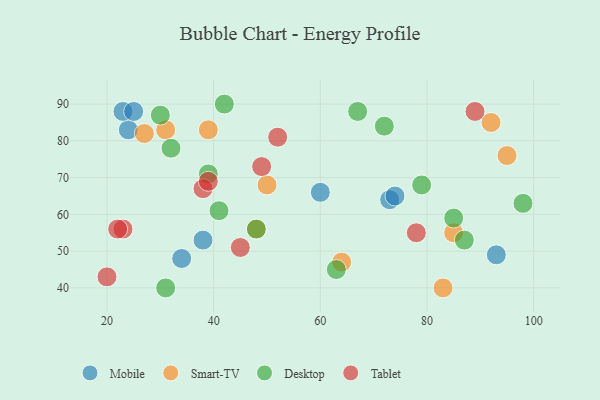
{"axis": {"x": "GDP", "y": "Life Expectancy"}, "legend": ["Desktop", "Mobile", "Smart-TV", "Tablet"], "data": [{"x": "73", "y": 64, "type": "Mobile"}, {"x": "34", "y": 48, "type": "Mobile"}, {"x": "60", "y": 66, "type": "Mobile"}, {"x": "38", "y": 53, "type": "Mobile"}, {"x": "74", "y": 65, "type": "Mobile"}, {"x": "93", "y": 49, "type": "Mobile"}, {"x": "24", "y": 83, "type": "Mobile"}, {"x": "23", "y": 88, "type": "Mobile"}, {"x": "25", "y": 88, "type": "Mobile"}, {"x": "31", "y": 83, "type": "Smart-TV"}, {"x": "85", "y": 55, "type": "Smart-TV"}, {"x": "39", "y": 83, "type": "Smart-TV"}, {"x": "83", "y": 40, "type": "Smart-TV"}, {"x": "50", "y": 68, "type": "Smart-TV"}, {"x": "64", "y": 47, "type": "Smart-TV"}, {"x": "95", "y": 76, "type": "Smart-TV"}, {"x": "27", "y": 82, "type": "Smart-TV"}, {"x": "48", "y": 56, "type": "Smart-TV"}, {"x": "92", "y": 85, "type": "Smart-TV"}, {"x": "39", "y": 71, "type": "Desktop"}, {"x": "63", "y": 45, "type": "Desktop"}, {"x": "85", "y": 59, "type": "Desktop"}, {"x": "31", "y": 40, "type": "Desktop"}, {"x": "41", "y": 61, "type": "Desktop"}, {"x": "79", "y": 68, "type": "Desktop"}, {"x": "48", "y": 56, "type": "Desktop"}, {"x": "30", "y": 87, "type": "Desktop"}, {"x": "87", "y": 53, "type": "Desktop"}, {"x": "42", "y": 90, "type": "Desktop"}, {"x": "98", "y": 63, "type": "Desktop"}, {"x": "32", "y": 78, "type": "Desktop"}, {"x": "67", "y": 88, "type": "Desktop"}, {"x": "72", "y": 84, "type": "Desktop"}, {"x": "23", "y": 56, "type": "Tablet"}, {"x": "45", "y": 51, "type": "Tablet"}, {"x": "52", "y": 81, "type": "Tablet"}, {"x": "38", "y": 67, "type": "Tablet"}, {"x": "49", "y": 73, "type": "Tablet"}, {"x": "39", "y": 69, "type": "Tablet"}, {"x": "78", "y": 55, "type": "Tablet"}, {"x": "22", "y": 56, "type": "Tablet"}, {"x": "20", "y": 43, "type": "Tablet"}, {"x": "89", "y": 88, "type": "Tablet"}]}